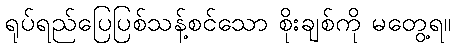
ရုပ်ရည်ပြေပြစ်သန့်စင်သော စိုးချစ်ကို မတွေ့ရ။